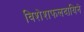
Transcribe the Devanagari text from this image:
विशेशफलदायिने